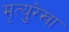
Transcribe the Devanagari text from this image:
मृत्युरेखा